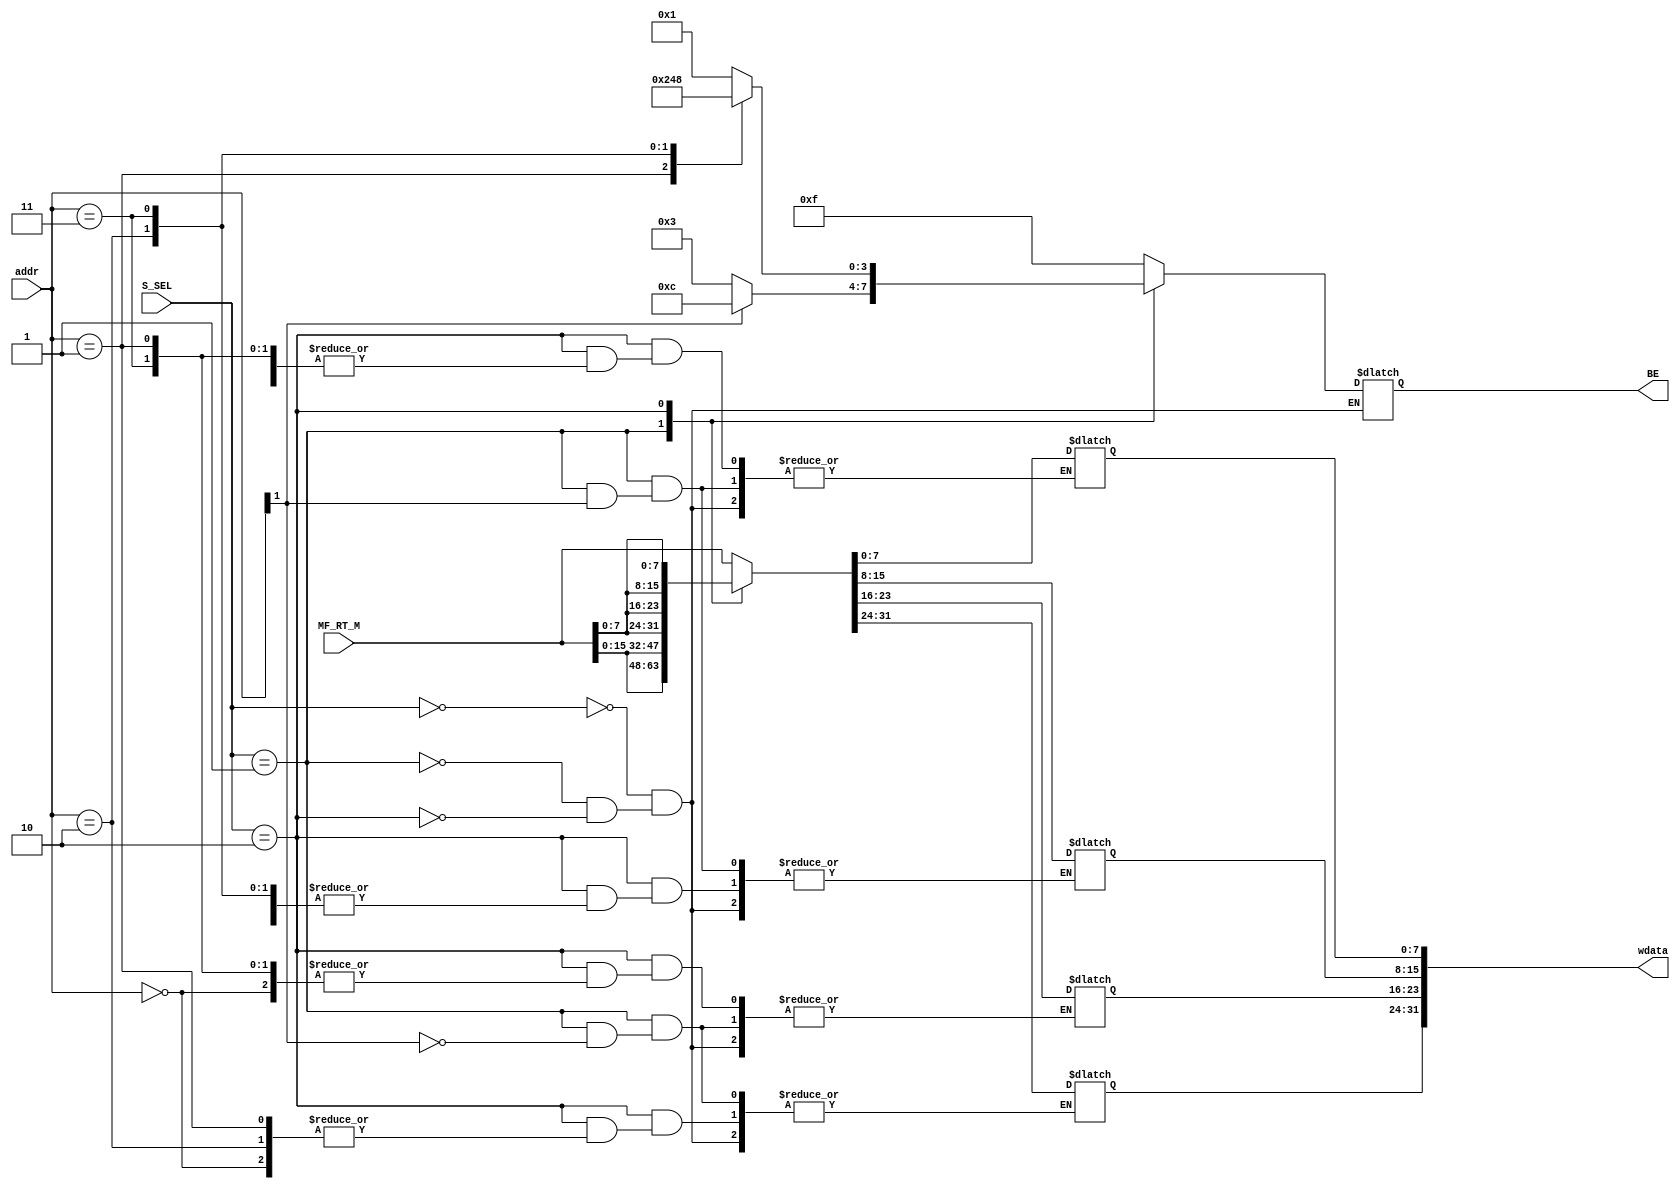
`timescale 1ns / 1ps
//////////////////////////////////////////////////////////////////////////////////
// Company: 
// Engineer: 
// 
// Design Name: 
// Module Name: be
// Project Name: 
// Target Devices: 
// Tool Versions: 
// Description: 
// 
// Dependencies: 
// 
// Revision:
// Revision 0.01 - File Created
// Additional Comments:
// 
//////////////////////////////////////////////////////////////////////////////////
`define WORD 2'b00
`define H 2'b01
`define B 2'b10

module be(
    input [1:0] addr,
    input [31:0] MF_RT_M,
    input [1:0] S_SEL,
    output reg [31:0] wdata,
    output reg [3:0] BE
    );

	integer i;
    always@(*) 
        case(S_SEL)
            `WORD:   
                begin
                    BE = 4'b1111;
                    wdata = MF_RT_M;
                end
            `H:	
                begin
                    if(addr[1]) begin
                        BE = 4'b1100;	
                        wdata [31:16] = MF_RT_M[15:0];
                    end
                    else begin
                        BE = 4'b0011;
                        wdata [15:0] = MF_RT_M[15:0];
                    end
                end
            `B:
                begin
                    case(addr[1:0])
                        2'b00: begin
                            BE = 4'b0001;           
                            wdata[7:0] = MF_RT_M[7:0];
                        end
                        2'b01: begin
                            BE = 4'b0010;
                            wdata[15:8] = MF_RT_M[7:0];
                        end
                        2'b10: begin
                            BE = 4'b0100;
                            wdata[23:16] = MF_RT_M[7:0];
                        end
                        2'b11: begin
                            BE = 4'b1000;
                            wdata[31:24] = MF_RT_M[7:0];
                        end
                        default: begin
                            BE = BE;
                            wdata = wdata;
                        end
                    endcase
                end
            default:
                begin
                    BE = BE;
                    wdata = wdata;
                end
        endcase

endmodule